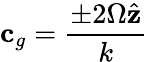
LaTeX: \mathbf{c}_{g}=\frac{\pm 2\Omega\hat{\mathbf{z}}}{k}